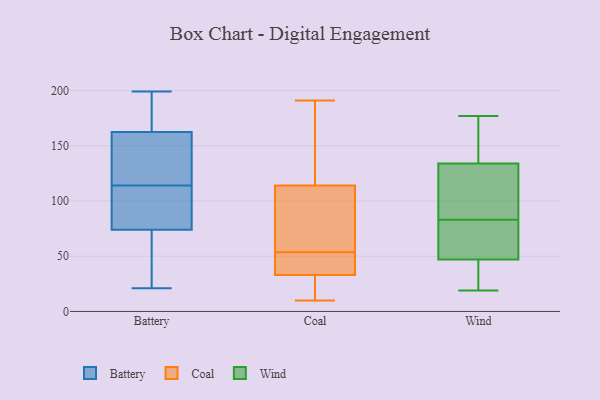
{"axis": {"x": "Budget (USD K)", "y": "Value"}, "legend": ["Battery", "Coal", "Wind"], "data": [{"x": "", "y": 176, "type": "Battery"}, {"x": "", "y": 173, "type": "Battery"}, {"x": "", "y": 136, "type": "Battery"}, {"x": "", "y": 105, "type": "Battery"}, {"x": "", "y": 21, "type": "Battery"}, {"x": "", "y": 27, "type": "Battery"}, {"x": "", "y": 72, "type": "Battery"}, {"x": "", "y": 55, "type": "Battery"}, {"x": "", "y": 118, "type": "Battery"}, {"x": "", "y": 112, "type": "Battery"}, {"x": "", "y": 106, "type": "Battery"}, {"x": "", "y": 152, "type": "Battery"}, {"x": "", "y": 116, "type": "Battery"}, {"x": "", "y": 199, "type": "Battery"}, {"x": "", "y": 76, "type": "Battery"}, {"x": "", "y": 182, "type": "Battery"}, {"x": "", "y": 114, "type": "Coal"}, {"x": "", "y": 33, "type": "Coal"}, {"x": "", "y": 19, "type": "Coal"}, {"x": "", "y": 94, "type": "Coal"}, {"x": "", "y": 107, "type": "Coal"}, {"x": "", "y": 28, "type": "Coal"}, {"x": "", "y": 53, "type": "Coal"}, {"x": "", "y": 125, "type": "Coal"}, {"x": "", "y": 157, "type": "Coal"}, {"x": "", "y": 10, "type": "Coal"}, {"x": "", "y": 22, "type": "Coal"}, {"x": "", "y": 122, "type": "Coal"}, {"x": "", "y": 47, "type": "Coal"}, {"x": "", "y": 40, "type": "Coal"}, {"x": "", "y": 191, "type": "Coal"}, {"x": "", "y": 53, "type": "Coal"}, {"x": "", "y": 54, "type": "Coal"}, {"x": "", "y": 83, "type": "Coal"}, {"x": "", "y": 63, "type": "Wind"}, {"x": "", "y": 84, "type": "Wind"}, {"x": "", "y": 147, "type": "Wind"}, {"x": "", "y": 177, "type": "Wind"}, {"x": "", "y": 70, "type": "Wind"}, {"x": "", "y": 104, "type": "Wind"}, {"x": "", "y": 19, "type": "Wind"}, {"x": "", "y": 170, "type": "Wind"}, {"x": "", "y": 35, "type": "Wind"}, {"x": "", "y": 20, "type": "Wind"}, {"x": "", "y": 25, "type": "Wind"}, {"x": "", "y": 121, "type": "Wind"}, {"x": "", "y": 59, "type": "Wind"}, {"x": "", "y": 165, "type": "Wind"}, {"x": "", "y": 34, "type": "Wind"}, {"x": "", "y": 82, "type": "Wind"}, {"x": "", "y": 59, "type": "Wind"}, {"x": "", "y": 107, "type": "Wind"}, {"x": "", "y": 160, "type": "Wind"}, {"x": "", "y": 88, "type": "Wind"}]}